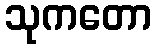
သုကတော